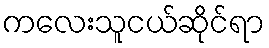
ကလေးသူငယ်ဆိုင်ရာ